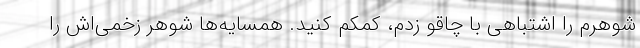
شوهرم را اشتباهی با چاقو زدم، کمکم کنید. همسایه‌ها شوهر زخمی‌اش را